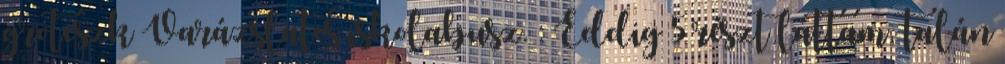
groteszk Varázslatos iskolabusz. : Eddig 5 részt láttam, talán